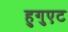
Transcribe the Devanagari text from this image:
हुगुएट